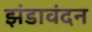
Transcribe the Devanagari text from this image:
झंडावंदन